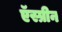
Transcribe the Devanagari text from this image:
ऍस्प्रीन